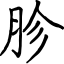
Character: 胗